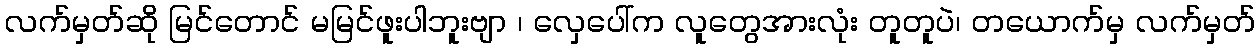
လက်မှတ်ဆို မြင်တောင် မမြင်ဖူးပါဘူးဗျာ ၊ လှေပေါ်က လူတွေအားလုံး တူတူပဲ၊ တယောက်မှ လက်မှတ်